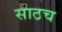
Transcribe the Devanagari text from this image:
साठच